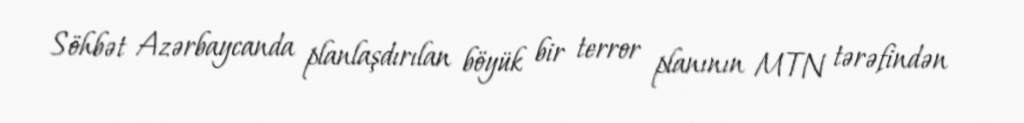
Söhbət Azərbaycanda planlaşdırılan böyük bir terror planının MTN tərəfindən